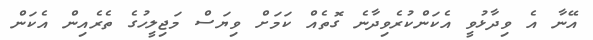
އޭނާ އެ ވިދާޅުވީ އެކަންކުރެވިދާނެ ގޮތެއް ކަމަށް ވިޔަސް މަޖިލީހުގެ ތެރެއިން އެކަން